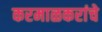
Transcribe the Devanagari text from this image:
करमाळकरांचे